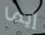
إيما